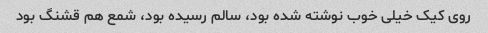
روی کیک خیلی خوب نوشته شده بود، سالم رسیده بود، شمع هم قشنگ بود